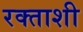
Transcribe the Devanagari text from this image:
रक्ताशी